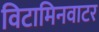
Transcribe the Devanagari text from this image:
विटामिनवाटर